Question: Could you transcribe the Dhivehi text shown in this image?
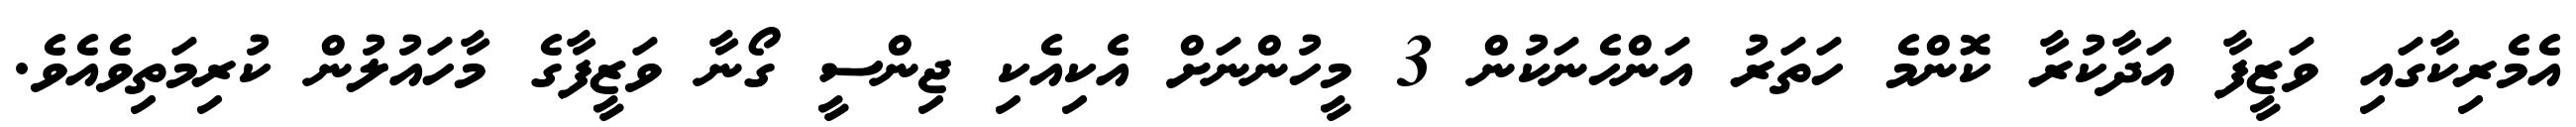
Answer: އެމެރިކާގައި ވަޒީފާ އަދާކުރާ ކޮންމެ ހަތަރު އަންހެނަކުން 3 މީހުންނަށް އެކިއެކި ޖިންސީ ގޯނާ ވަޒީފާގެ މާހައުލުން ކުރިމަތިވެއެވެ.